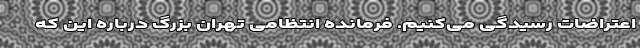
اعتراضات رسیدگی می‌کنیم. فرمانده انتظامی تهران بزرگ درباره این که